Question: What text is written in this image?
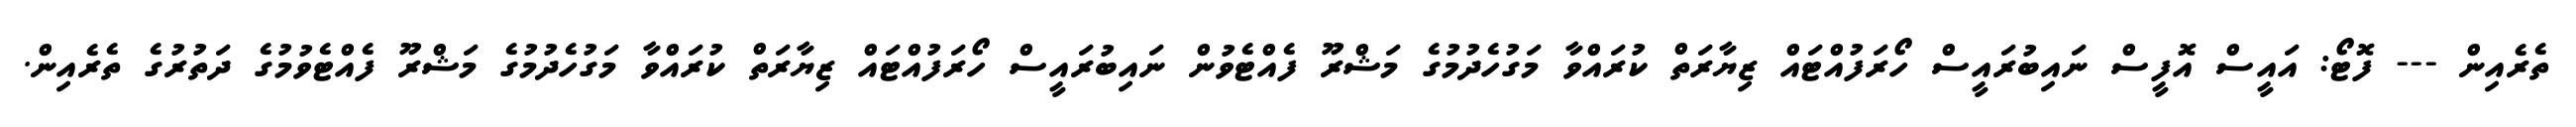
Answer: ތެރެއިން --- ފޮޓޯ: އައީސް އޮފީސް ނައިބުރައީސް ހޯރަފުއްޓައް ޒިޔާރަތް ކުރައްވާ މަގުހެދުމުގެ މަޝްރޫ ފެއްޓެވުން ނައިބުރައީސް ހޯރަފުއްޓައް ޒިޔާރަތް ކުރައްވާ މަގުހެދުމުގެ މަޝްރޫ ފެއްޓެވުމުގެ ދަތުރުގެ ތެރެއިން.